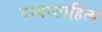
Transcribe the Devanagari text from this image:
गरबासाहित्य